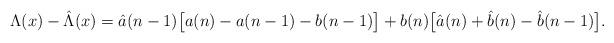
LaTeX: \begin{align*} \Lambda ( x) - \hat{\Lambda} ( x) = \hat{a}(n-1) \bigl\lbrack a(n)-a(n-1) - b(n-1) \bigr\rbrack + b(n) \bigl\lbrack \hat{a}(n) + \hat{b}(n) - \hat{b}(n-1) \bigr\rbrack. \!\!\!\end{align*}